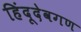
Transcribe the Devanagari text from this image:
हिंदूदेवगण